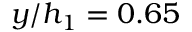
y / h _ { 1 } = 0 . 6 5